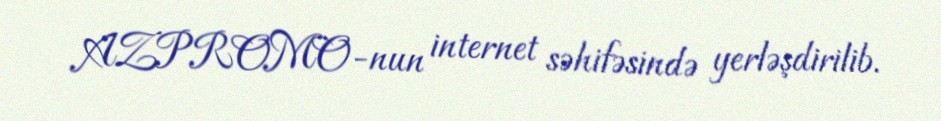
AZPROMO-nun internet səhifəsində yerləşdirilib.